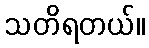
သတိရတယ်။